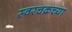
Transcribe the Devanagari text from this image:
स्वरचक्रच्या